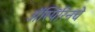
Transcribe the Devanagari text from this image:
ॲस्पिरिनचे